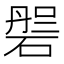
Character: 𱴝